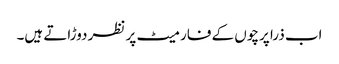
اب ذرا پرچوں کے فارمیٹ پر نظر دوڑاتے ہیں۔